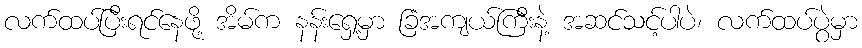
လက်ထပ်ပြီးရင်နေဖို့ အိမ်က နန်းရှေ့မှာ ခြံအကျယ်ကြီးနဲ့ အဆင်သင့်ပါပဲ၊ လက်ထပ်ပွဲမှာ